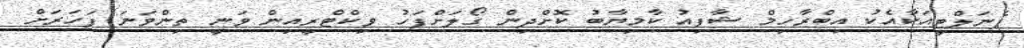
ޕެނަލްޓީއަކާއެކު އިބްރާހިމް ޝާފިއު ކާމިޔާބު ކޮށްދިން ގޯލަށްފަހު ވިކްޓްރީއިން ވަނީ ތިންވަނަ ފަހަރަށް